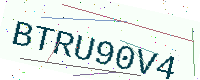
Text: BTRU90V4